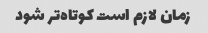
زمان لازم است کوتاه‌تر شود